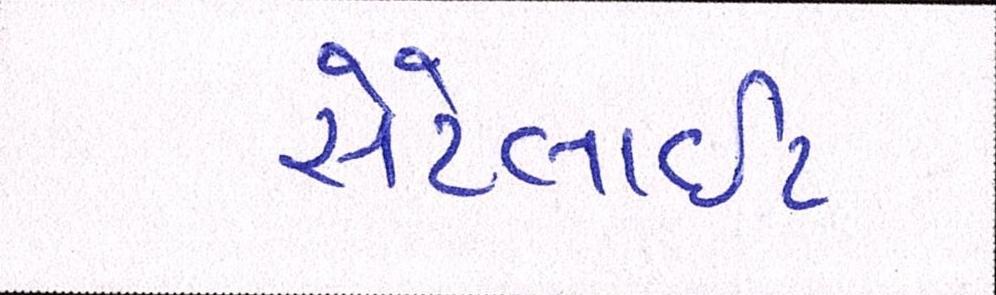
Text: સેટેલાઈટ